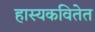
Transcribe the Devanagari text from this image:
हास्यकवितेत